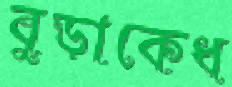
বুড়াকেধ